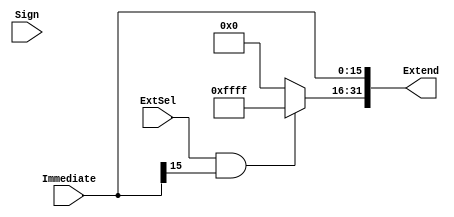
`timescale 1ns / 1ps
//////////////////////////////////////////////////////////////////////////////////
// Company: 
// Engineer: 
// 
// Design Name: 
// Module Name: SignZeroExtend
// Project Name: 
// Target Devices: 
// Tool Versions: 
// Description: 
// 
// Dependencies: 
// 
// Revision:
// Revision 0.01 - File Created
// Additional Comments:
// 
//////////////////////////////////////////////////////////////////////////////////


module SignZeroExtend(
    input ExtSel,               //  0  0
    input Sign,                 // 
    input [15:0] Immediate,     // 16
    output [31:0] Extend        // 
    );
    
    // 
    assign Extend[15:0] = Immediate[15:0];
    assign Extend[31:16] = (ExtSel && Immediate[15]) ? 16'hFFFF : 16'h0000;
endmodule